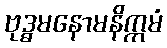
ဗုဒ္ဓမနောမနိက္ကမံ